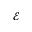
\mathcal { E }